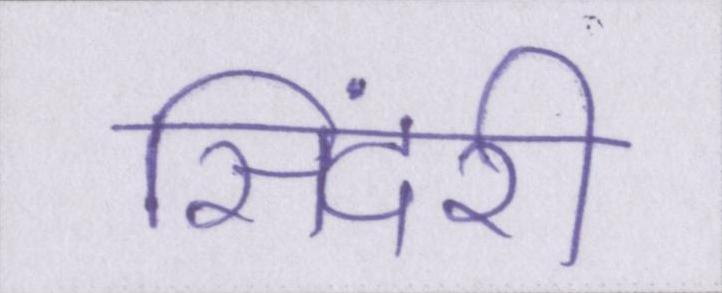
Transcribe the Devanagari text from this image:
सिंदरी